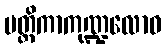
မတ္တိကာကုဏ္ဍလောဝ